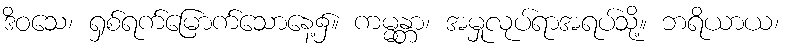
ဒိဝသေ၊ ရှစ်ရက်မြောက်သောနေ့၌။ ကမ္မန္တာ၊ အမှုလုပ်ရာအရပ်သို့။ ဘရိယာယ၊